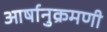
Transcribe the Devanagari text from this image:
आर्षानुक्रमणी